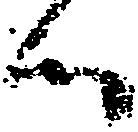
候